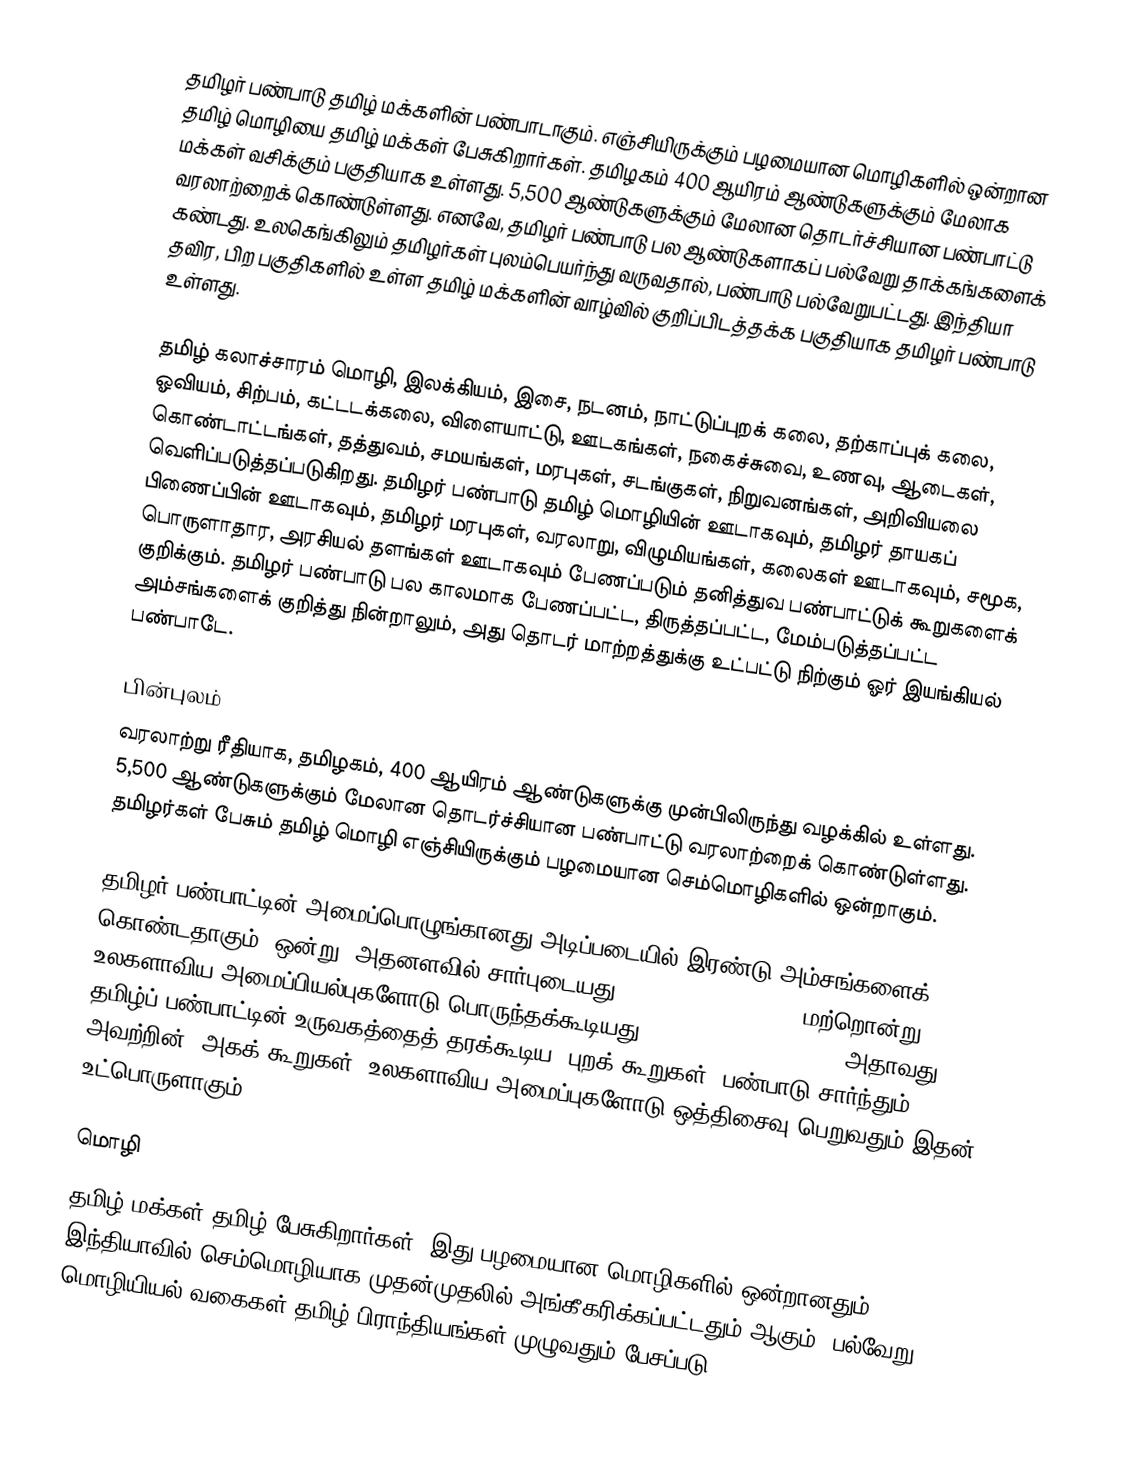
தமிழர் பண்பாடு தமிழ் மக்களின் பண்பாடாகும். எஞ்சியிருக்கும் பழமையான மொழிகளில் ஒன்றான தமிழ் மொழியை தமிழ் மக்கள் பேசுகிறார்கள். தமிழகம் 400 ஆயிரம் ஆண்டுகளுக்கும் மேலாக மக்கள் வசிக்கும் பகுதியாக உள்ளது. 5,500 ஆண்டுகளுக்கும் மேலான தொடர்ச்சியான பண்பாட்டு வரலாற்றைக் கொண்டுள்ளது. எனவே, தமிழர் பண்பாடு பல ஆண்டுகளாகப் பல்வேறு தாக்கங்களைக் கண்டது. உலகெங்கிலும் தமிழர்கள் புலம்பெயர்ந்து வருவதால், பண்பாடு பல்வேறுபட்டது. இந்தியா தவிர, பிற பகுதிகளில் உள்ள தமிழ் மக்களின் வாழ்வில் குறிப்பிடத்தக்க பகுதியாக தமிழர் பண்பாடு உள்ளது.

தமிழ் கலாச்சாரம் மொழி, இலக்கியம், இசை, நடனம், நாட்டுப்புறக் கலை, தற்காப்புக் கலை, ஓவியம், சிற்பம், கட்டடக்கலை, விளையாட்டு, ஊடகங்கள், நகைச்சுவை, உணவு, ஆடைகள், கொண்டாட்டங்கள், தத்துவம், சமயங்கள், மரபுகள், சடங்குகள், நிறுவனங்கள், அறிவியலை வெளிப்படுத்தப்படுகிறது. தமிழர் பண்பாடு தமிழ் மொழியின் ஊடாகவும், தமிழர் தாயகப் பிணைப்பின் ஊடாகவும், தமிழர் மரபுகள், வரலாறு, விழுமியங்கள், கலைகள் ஊடாகவும், சமூக, பொருளாதார, அரசியல் தளங்கள் ஊடாகவும் பேணப்படும் தனித்துவ பண்பாட்டுக் கூறுகளைக் குறிக்கும். தமிழர் பண்பாடு பல காலமாக பேணப்பட்ட, திருத்தப்பட்ட, மேம்படுத்தப்பட்ட அம்சங்களைக் குறித்து நின்றாலும், அது தொடர் மாற்றத்துக்கு உட்பட்டு நிற்கும் ஓர் இயங்கியல் பண்பாடே.

பின்புலம்
வரலாற்று ரீதியாக, தமிழகம், 400 ஆயிரம் ஆண்டுகளுக்கு முன்பிலிருந்து வழக்கில் உள்ளது. 5,500 ஆண்டுகளுக்கும் மேலான தொடர்ச்சியான பண்பாட்டு வரலாற்றைக் கொண்டுள்ளது. தமிழர்கள் பேசும் தமிழ் மொழி எஞ்சியிருக்கும் பழமையான செம்மொழிகளில் ஒன்றாகும்.

தமிழர் பண்பாட்டின் அமைப்பொழுங்கானது அடிப்படையில் இரண்டு அம்சங்களைக் கொண்டதாகும்.  ஒன்று, அதனளவில் சார்புடையது (culture dependent). மற்றொன்று, உலகளாவிய அமைப்பியல்புகளோடு பொருந்தக்கூடியது (culture independent). அதாவது, தமிழ்ப் பண்பாட்டின் உருவகத்தைத் தரக்கூடிய 'புறக் கூறுகள்' பண்பாடு சார்ந்தும், அவற்றின் 'அகக் கூறுகள்' உலகளாவிய அமைப்புகளோடு ஒத்திசைவு பெறுவதும் இதன் உட்பொருளாகும்.

மொழி
தமிழ் மக்கள் தமிழ் பேசுகிறார்கள். இது பழமையான மொழிகளில் ஒன்றானதும், இந்தியாவில் செம்மொழியாக முதன்முதலில் அங்கீகரிக்கப்பட்டதும் ஆகும். பல்வேறு மொழியியல் வகைகள் தமிழ் பிராந்தியங்கள் முழுவதும் பேசப்படு